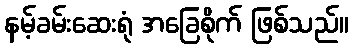
နမ့်ခမ်းဆေးရုံ အခြေစိုက် ဖြစ်သည်။